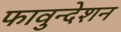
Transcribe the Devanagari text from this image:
फावुन्देशन